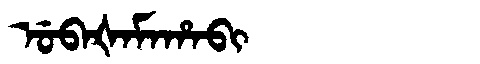
Manchu: ᡠᠪᠠᡧᠠᠮᠠᡥᠠᠪᡳ
Romanization: UBAŠAMAHABI